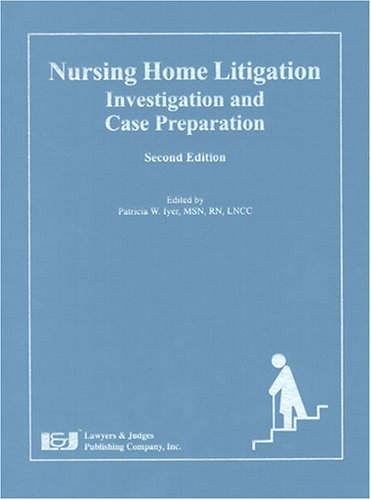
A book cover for Nursing Home Litigation: Investigation and Case Preparation, Second Edition; Law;